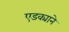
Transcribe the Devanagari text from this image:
एडक्याने